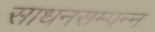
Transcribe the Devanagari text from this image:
साधनसम्पन्न